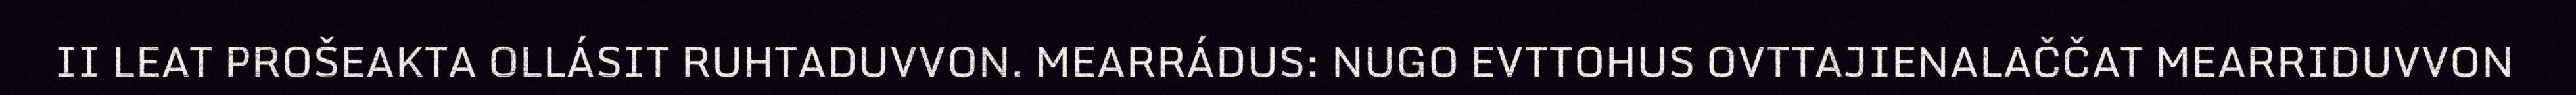
II LEAT PROŠEAKTA OLLÁSIT RUHTADUVVON. MEARRÁDUS: NUGO EVTTOHUS OVTTAJIENALAČČAT MEARRIDUVVON